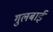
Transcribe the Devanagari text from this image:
गुलबाई